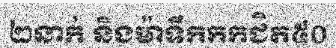
២នាក់ និងម៉ាទឹកកកជិត៥០